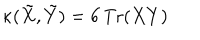
\kappa ( \tilde { X } , \tilde { Y } ) = 6 \, \mathrm { T r } ( X Y )